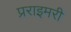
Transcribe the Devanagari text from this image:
प्रराइमरी